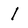
Character: l